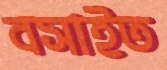
বসাইত